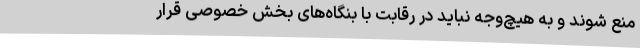
منع شوند و به هیچ‌وجه نباید در رقابت با بنگاه‌های بخش خصوصی قرار